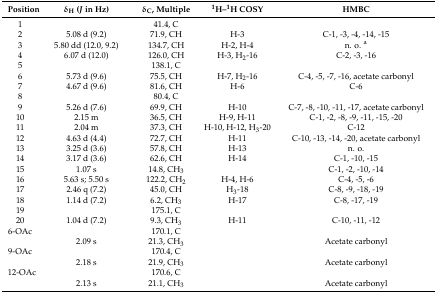
<table><thead><tr><td><b>Position</b></td><td><b>δ<sub>H</sub> (<i>J</i> in Hz)</b></td><td><b>δ<sub>C</sub>, Multiple</b></td><td><b><sup>1</sup>H–<sup>1</sup>H COSY</b></td><td><b>HMBC</b></td></tr></thead><tbody><tr><td>1</td><td></td><td>41.4, C</td><td></td><td></td></tr><tr><td>2</td><td>5.08 d (9.2)</td><td>71.9, CH</td><td>H-3</td><td>C-1, -3, -4, -14, -15</td></tr><tr><td>3</td><td>5.80 dd (12.0, 9.2)</td><td>134.7, CH</td><td>H-2, H-4</td><td>n. o. <sup>a</sup></td></tr><tr><td>4</td><td>6.07 d (12.0)</td><td>126.0, CH</td><td>H-3, H<sub>2</sub>-16</td><td>C-2, -3, -16</td></tr><tr><td>5</td><td></td><td>138.1, C</td><td></td><td></td></tr><tr><td>6</td><td>5.73 d (9.6)</td><td>75.5, CH</td><td>H-7, H<sub>2</sub>-16</td><td>C-4, -5, -7, -16, acetate carbonyl</td></tr><tr><td>7</td><td>4.67 d (9.6)</td><td>81.6, CH</td><td>H-6</td><td>C-6</td></tr><tr><td>8</td><td></td><td>80.4, C</td><td></td><td></td></tr><tr><td>9</td><td>5.26 d (7.6)</td><td>69.9, CH</td><td>H-10</td><td>C-7, -8, -10, -11, -17, acetate carbonyl</td></tr><tr><td>10</td><td>2.15 m</td><td>36.5, CH</td><td>H-9, H-11</td><td>C-1, -2, -8, -9, -11, -15, -20</td></tr><tr><td>11</td><td>2.04 m</td><td>37.3, CH</td><td>H-10, H-12, H<sub>3</sub>-20</td><td>C-12</td></tr><tr><td>12</td><td>4.63 d (4.4)</td><td>72.7, CH</td><td>H-11</td><td>C-10, -13, -14, -20, acetate carbonyl</td></tr><tr><td>13</td><td>3.25 d (3.6)</td><td>57.8, CH</td><td>H-13</td><td>n. o.</td></tr><tr><td>14</td><td>3.17 d (3.6)</td><td>62.6, CH</td><td>H-14</td><td>C-1, -10, -15</td></tr><tr><td>15</td><td>1.07 s</td><td>14.8, CH<sub>3</sub></td><td></td><td>C-1, -2, -10, -14</td></tr><tr><td>16</td><td>5.63 s; 5.50 s</td><td>122.2, CH<sub>2</sub></td><td>H-4, H-6</td><td>C-4, -5, -6</td></tr><tr><td>17</td><td>2.46 q (7.2)</td><td>45.0, CH</td><td>H<sub>3</sub>-18</td><td>C-8, -9, -18, -19</td></tr><tr><td>18</td><td>1.14 d (7.2)</td><td>6.2, CH<sub>3</sub></td><td>H-17</td><td>C-8, -17, -19</td></tr><tr><td>19</td><td></td><td>175.1, C</td><td></td><td></td></tr><tr><td>20</td><td>1.04 d (7.2)</td><td>9.3, CH<sub>3</sub></td><td>H-11</td><td>C-10, -11, -12</td></tr><tr><td>6-OAc</td><td></td><td>170.1, C</td><td></td><td></td></tr><tr><td></td><td>2.09 s</td><td>21.3, CH<sub>3</sub></td><td></td><td>Acetate carbonyl</td></tr><tr><td>9-OAc</td><td></td><td>170.4, C</td><td></td><td></td></tr><tr><td></td><td>2.18 s</td><td>21.9, CH<sub>3</sub></td><td></td><td>Acetate carbonyl</td></tr><tr><td>12-OAc</td><td></td><td>170.6, C</td><td></td><td></td></tr><tr><td></td><td>2.13 s</td><td>21.1, CH<sub>3</sub></td><td></td><td>Acetate carbonyl</td></tr></tbody></table>